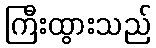
ကြီးထွားသည်